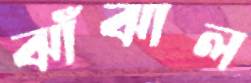
ঝাঁঝাল